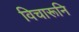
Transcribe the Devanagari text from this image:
विचारूनि